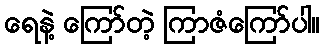
ရေနဲ့ ကြော်တဲ့ ကြာဇံကြော်ပါ။